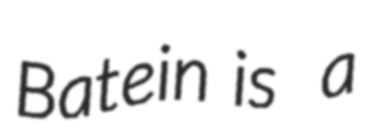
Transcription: Batein is  a